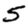
Digit: 5